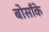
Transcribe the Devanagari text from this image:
बोसाँके